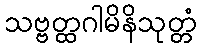
သဗ္ဗတ္ထဂါမိနိသုတ္တံ